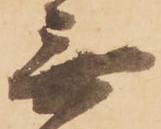
無